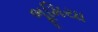
ભૂમિયા